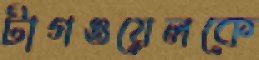
টাগওয়েলকে